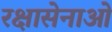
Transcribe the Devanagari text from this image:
रक्षासेनाओं